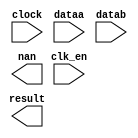
// megafunction wizard: %ALTFP_MULT%VBB%
// GENERATION: STANDARD
// VERSION: WM1.0
// MODULE: ALTFP_MULT 

// ============================================================
// Megafunction Name(s):
// 			ALTFP_MULT
//
// Simulation Library Files(s):
// 			lpm
// ============================================================
// ************************************************************
// THIS IS A WIZARD-GENERATED FILE. DO NOT EDIT THIS FILE!
//
// 13.0.1 Build 232 06/12/2013 SP 1 SJ Full Version
// ************************************************************

//Copyright (C) 1991-2013 Altera Corporation
//Your use of Altera Corporation's design tools, logic functions 
//and other software and tools, and its AMPP partner logic 
//functions, and any output files from any of the foregoing 
//(including device programming or simulation files), and any 
//associated documentation or information are expressly subject 
//to the terms and conditions of the Altera Program License 
//Subscription Agreement, Altera MegaCore Function License 
//Agreement, or other applicable license agreement, including, 
//without limitation, that your use is for the sole purpose of 
//programming logic devices manufactured by Altera and sold by 
//Altera or its authorized distributors.  Please refer to the 
//applicable agreement for further details.

module fp_mult (
	clk_en,
	clock,
	dataa,
	datab,
	nan,
	result)/* synthesis synthesis_clearbox = 1 */;

	input	  clk_en;
	input	  clock;
	input	[31:0]  dataa;
	input	[31:0]  datab;
	output	  nan;
	output	[31:0]  result;

endmodule

// ============================================================
// CNX file retrieval info
// ============================================================
// Retrieval info: LIBRARY: altera_mf altera_mf.altera_mf_components.all
// Retrieval info: PRIVATE: FPM_FORMAT STRING "Single"
// Retrieval info: PRIVATE: INTENDED_DEVICE_FAMILY STRING "Cyclone II"
// Retrieval info: CONSTANT: DEDICATED_MULTIPLIER_CIRCUITRY STRING "YES"
// Retrieval info: CONSTANT: DENORMAL_SUPPORT STRING "NO"
// Retrieval info: CONSTANT: EXCEPTION_HANDLING STRING "NO"
// Retrieval info: CONSTANT: INTENDED_DEVICE_FAMILY STRING "UNUSED"
// Retrieval info: CONSTANT: LPM_HINT STRING "UNUSED"
// Retrieval info: CONSTANT: LPM_TYPE STRING "altfp_mult"
// Retrieval info: CONSTANT: PIPELINE NUMERIC "5"
// Retrieval info: CONSTANT: REDUCED_FUNCTIONALITY STRING "NO"
// Retrieval info: CONSTANT: ROUNDING STRING "TO_NEAREST"
// Retrieval info: CONSTANT: WIDTH_EXP NUMERIC "8"
// Retrieval info: CONSTANT: WIDTH_MAN NUMERIC "23"
// Retrieval info: USED_PORT: clk_en 0 0 0 0 INPUT NODEFVAL "clk_en"
// Retrieval info: CONNECT: @clk_en 0 0 0 0 clk_en 0 0 0 0
// Retrieval info: USED_PORT: clock 0 0 0 0 INPUT NODEFVAL "clock"
// Retrieval info: CONNECT: @clock 0 0 0 0 clock 0 0 0 0
// Retrieval info: USED_PORT: dataa 0 0 32 0 INPUT NODEFVAL "dataa[31..0]"
// Retrieval info: CONNECT: @dataa 0 0 32 0 dataa 0 0 32 0
// Retrieval info: USED_PORT: datab 0 0 32 0 INPUT NODEFVAL "datab[31..0]"
// Retrieval info: CONNECT: @datab 0 0 32 0 datab 0 0 32 0
// Retrieval info: USED_PORT: nan 0 0 0 0 OUTPUT NODEFVAL "nan"
// Retrieval info: CONNECT: nan 0 0 0 0 @nan 0 0 0 0
// Retrieval info: USED_PORT: result 0 0 32 0 OUTPUT NODEFVAL "result[31..0]"
// Retrieval info: CONNECT: result 0 0 32 0 @result 0 0 32 0
// Retrieval info: GEN_FILE: TYPE_NORMAL fp_mult.v TRUE FALSE
// Retrieval info: GEN_FILE: TYPE_NORMAL fp_mult.qip TRUE FALSE
// Retrieval info: GEN_FILE: TYPE_NORMAL fp_mult.bsf TRUE TRUE
// Retrieval info: GEN_FILE: TYPE_NORMAL fp_mult_inst.v TRUE TRUE
// Retrieval info: GEN_FILE: TYPE_NORMAL fp_mult_bb.v TRUE TRUE
// Retrieval info: GEN_FILE: TYPE_NORMAL fp_mult.inc TRUE TRUE
// Retrieval info: GEN_FILE: TYPE_NORMAL fp_mult.cmp TRUE TRUE
// Retrieval info: PRIVATE: SYNTH_WRAPPER_GEN_POSTFIX NUMERIC "1"
// Retrieval info: LIB_FILE: lpm